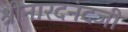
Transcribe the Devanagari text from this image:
श्रीनारदनंदजी